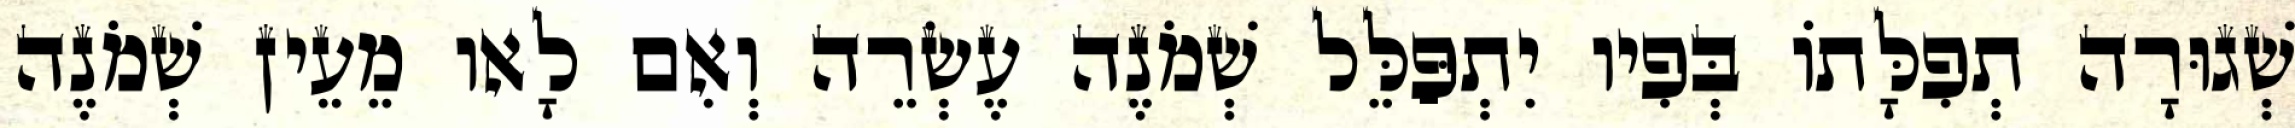
שְׁגוּרָה תְפִלָּתוֹ בְּפִיו יִתְפַּלֵּל שְׁמֹנֶה עֶשְׂרֵה וְאִם לָאו מֵעֵין שְׁמֹנֶה